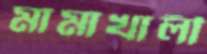
মামাখালী